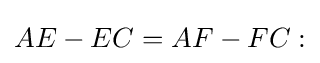
\displaystyle AE-EC=AF-FC: